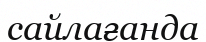
сайлағанда